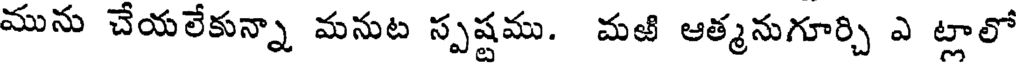
మును చేయలేకున్నా మనుట స్పష్టము. మఱి ఆత్మనుగూర్చి ఎ ట్లాలో